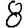
Digit: 8